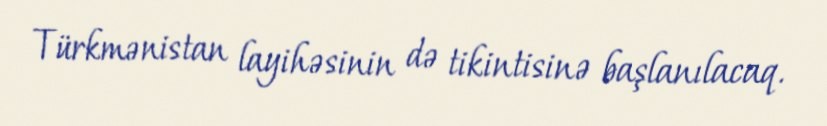
Türkmənistan layihəsinin də tikintisinə başlanılacaq.